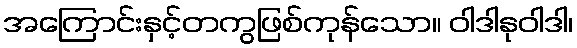
အကြောင်းနှင့်တကွဖြစ်ကုန်သော။ ဝါဒါနုဝါဒါ၊